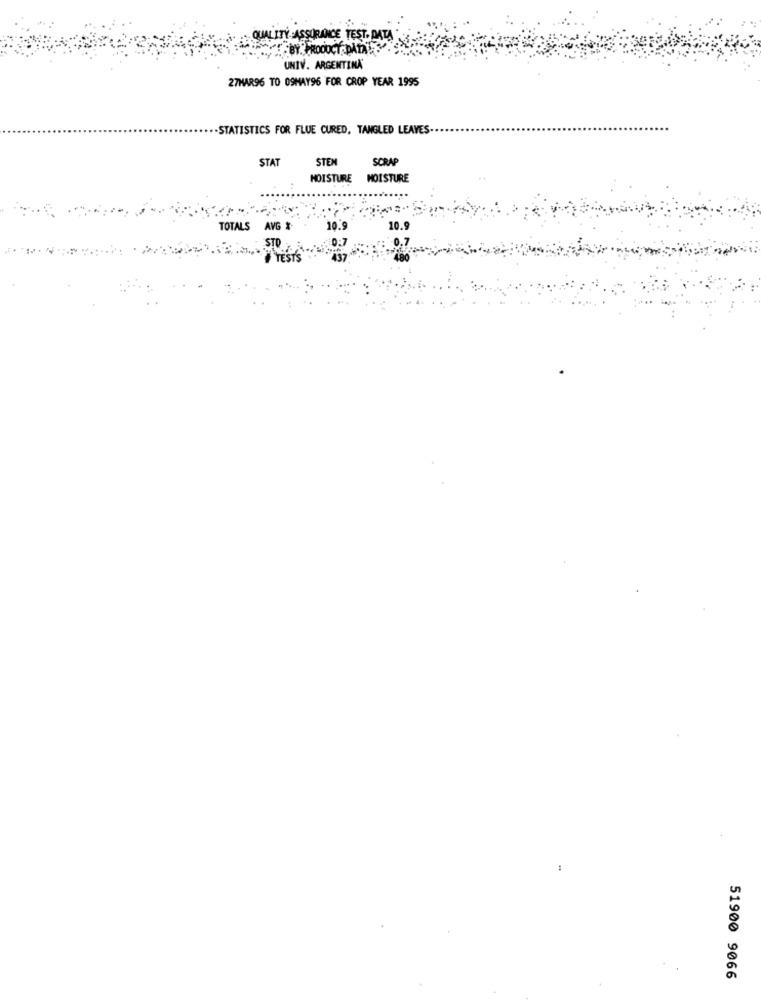
BE TEST. DATA
Y. PRODUCTS
UNIV. ARGENTINA
27MAR96 TO 09HAY96 FOR CROP YEAR 1995
.STATISTICS FOR FLUE CURED, TANGLED LEAVES.
STAT
STEM
SCRAP
MOISTURE MOISTURE
TOTALS AVG
10.9
STO
TEST
51900 9066